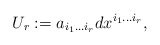
\begin{align*}U_{r}:=a_{i_{1}\ldots i_{r}}dx^{i_{1}\ldots i_{r}},\end{align*}